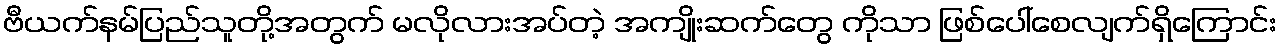
ဗီယက်နမ်ပြည်သူတို့အတွက် မလိုလားအပ်တဲ့ အကျိုးဆက်တွေ ကိုသာ ဖြစ်ပေါ်စေလျက်ရှိကြောင်း